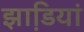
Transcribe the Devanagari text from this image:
झाडि़यां